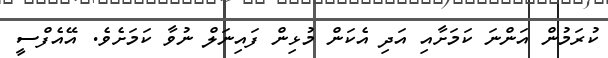
ކުރަމުން އަންނަ ކަމަށާއި އަދި އެކަން މުޅިން ފައިނަލް ނުވާ ކަަމަށެވެ. އޭއެފްސީ